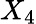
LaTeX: X_{4}